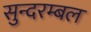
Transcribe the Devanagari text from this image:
सुन्दरम्बल